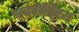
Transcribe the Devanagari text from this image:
श्रवणेंदि्रय